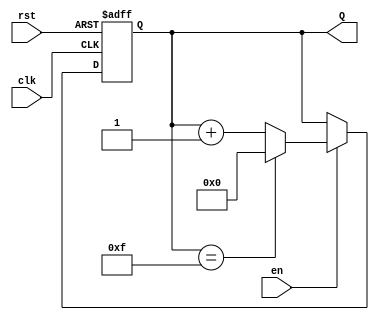
module binary_up_counter #(
    parameter n = 4  // Number of bits in the counter
)(
    input wire clk,   // Clock signal
    input wire rst,   // Asynchronous reset signal (active high)
    input wire en,    // Enable signal
    output reg [n-1:0] Q  // n-bit output count
);

// Always block triggered on the rising edge of the clock
always @(posedge clk or posedge rst) begin
    if (rst) begin
        // Reset the counter to 0
        Q <= 0;
    end else if (en) begin
        // Increment the counter
        if (Q == (1 << n) - 1) begin
            // Wrap around condition
            Q <= 0;
        end else begin
            Q <= Q + 1;
        end
    end
    // If enable is low, retain the current value of Q
end

endmodule